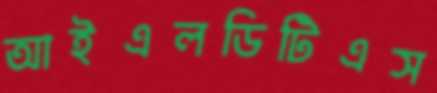
আইএলডিটিএস